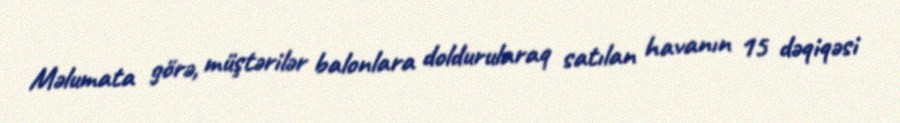
Məlumata görə, müştərilər balonlara doldurularaq satılan havanın 15 dəqiqəsi